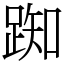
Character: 踟